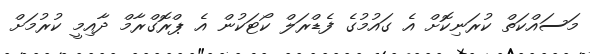
މަސައްކަތް ކުރަނިކޮށް އެ ގައުމުގެ ފެޑްރަލް ކޯޓަކުން އެ ޕްރޮގްރާމް ދާއިމީ ކުރުމަށް